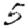
Digit: 5